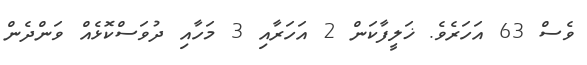
ވެސް 63 އަހަރެވެ. ޚަލީފާކަން 2 އަހަރާއި 3 މަހާއި ދުވަސްކޮޅެއް ވަންދެން